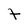
Character: t